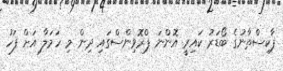
ޕާކިސްތާނުގެ ބޯޑަރު ކައިރީ އޮންނަ ޕްރޮވިންސްގައި ދިން މި ހަމަލާ އަށް ފަހު